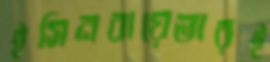
ইসিনবায়েভারই